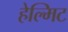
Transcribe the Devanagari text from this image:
हेल्मिट